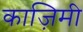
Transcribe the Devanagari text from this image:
काज़िमी